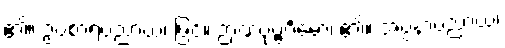
၏။ ဥပစာရပညာယ၊ ဖြင့်။ ဉာဏပုဗ္ဗင်္ဂမော၊ ၏။ အပ္ပနာပညာယ၊